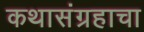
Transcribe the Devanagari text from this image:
कथासंग्रहाचा